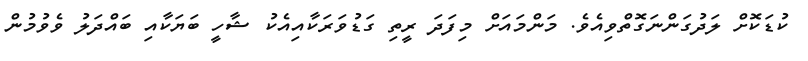
ކުޑަކޮށް ލަދުގަންނަގޮތްވިއެވެ. މަންމައަށް މިފަދަ ރީތި ގަޑުވަރަކާއިއެކު ޝާހީ ބަޔަކާއި ބައްދަލު ވެވުމުން